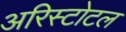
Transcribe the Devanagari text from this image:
अरिस्टोटल